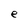
Character: e